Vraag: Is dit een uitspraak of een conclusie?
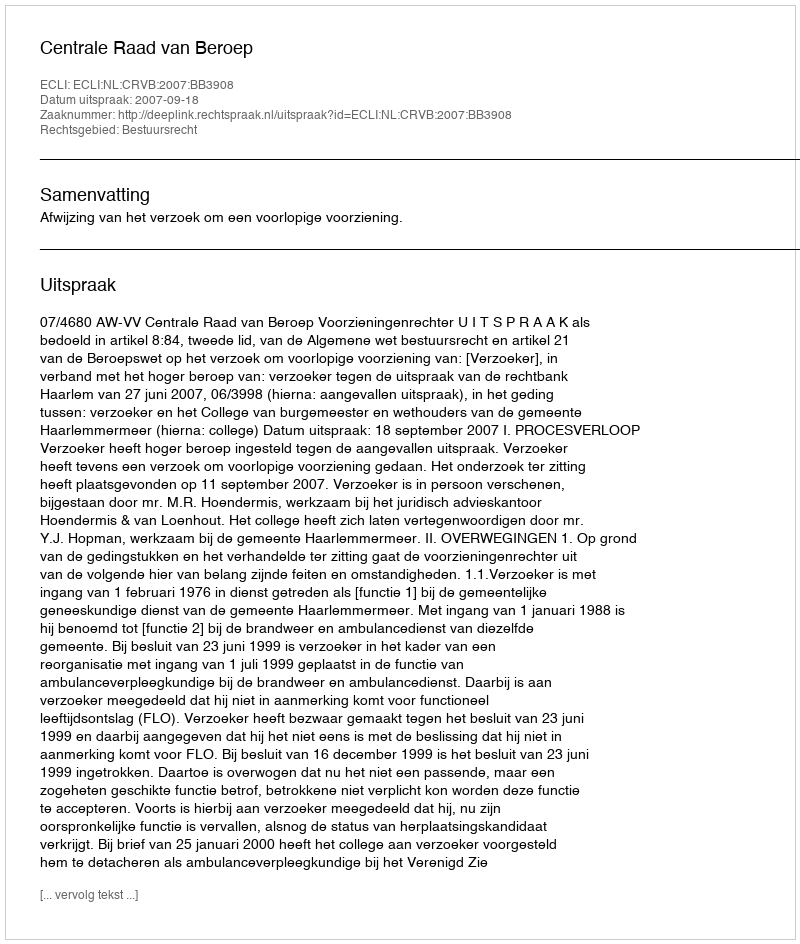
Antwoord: Uitspraak